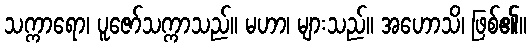
သက္ကာရော၊ ပူဇော်သက္ကာသည်။ မဟာ၊ များသည်။ အဟောသိ၊ ဖြစ်၏။